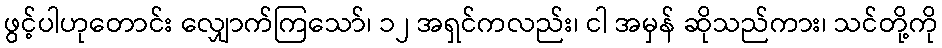
ဖွင့်ပါဟုတောင်း လျှောက်ကြသော်၊ ၁၂ အရှင်ကလည်း၊ ငါ အမှန် ဆိုသည်ကား၊ သင်တို့ကို